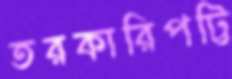
তরকারিপট্টি